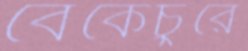
বেঁকেচুরে